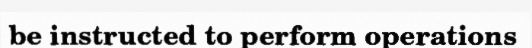
be instructed to perform operations